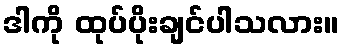
ဒါကို ထုပ်ပိုးချင်ပါသလား။